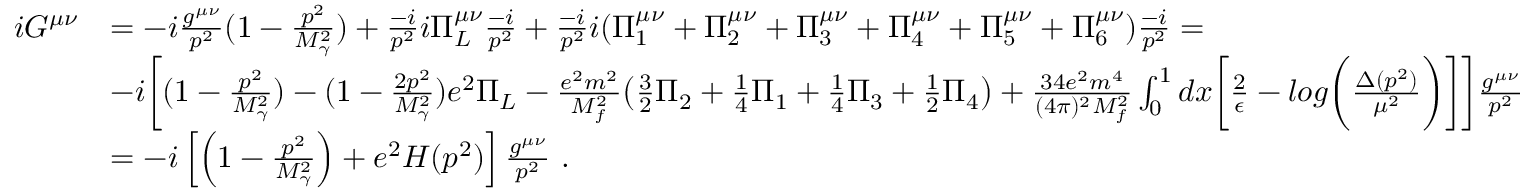
\begin{array} { r l } { i G ^ { \mu \nu } } & { = - i \frac { g ^ { \mu \nu } } { p ^ { 2 } } ( 1 - \frac { p ^ { 2 } } { M _ { \gamma } ^ { 2 } } ) + \frac { - i } { p ^ { 2 } } i \Pi _ { L } ^ { \mu \nu } \frac { - i } { p ^ { 2 } } + \frac { - i } { p ^ { 2 } } i ( \Pi _ { 1 } ^ { \mu \nu } + \Pi _ { 2 } ^ { \mu \nu } + \Pi _ { 3 } ^ { \mu \nu } + \Pi _ { 4 } ^ { \mu \nu } + \Pi _ { 5 } ^ { \mu \nu } + \Pi _ { 6 } ^ { \mu \nu } ) \frac { - i } { p ^ { 2 } } = } \\ & { - i \biggl [ ( 1 - \frac { p ^ { 2 } } { M _ { \gamma } ^ { 2 } } ) - ( 1 - \frac { 2 p ^ { 2 } } { M _ { \gamma } ^ { 2 } } ) e ^ { 2 } \Pi _ { L } - \frac { e ^ { 2 } m ^ { 2 } } { M _ { f } ^ { 2 } } \bigl ( \frac { 3 } { 2 } \Pi _ { 2 } + \frac { 1 } { 4 } \Pi _ { 1 } + \frac { 1 } { 4 } \Pi _ { 3 } + \frac { 1 } { 2 } \Pi _ { 4 } \big ) + \frac { 3 4 e ^ { 2 } m ^ { 4 } } { ( 4 \pi ) ^ { 2 } M _ { f } ^ { 2 } } \int _ { 0 } ^ { 1 } d x \biggl [ \frac { 2 } { \epsilon } - l o g \biggl ( \frac { \Delta ( p ^ { 2 } ) } { \mu ^ { 2 } } \biggr ) \biggr ] \biggr ] \frac { g ^ { \mu \nu } } { p ^ { 2 } } } \\ & { = - i \left[ \left( 1 - \frac { p ^ { 2 } } { M _ { \gamma } ^ { 2 } } \right) + e ^ { 2 } H ( p ^ { 2 } ) \right] \frac { g ^ { \mu \nu } } { p ^ { 2 } } \ . } \end{array}